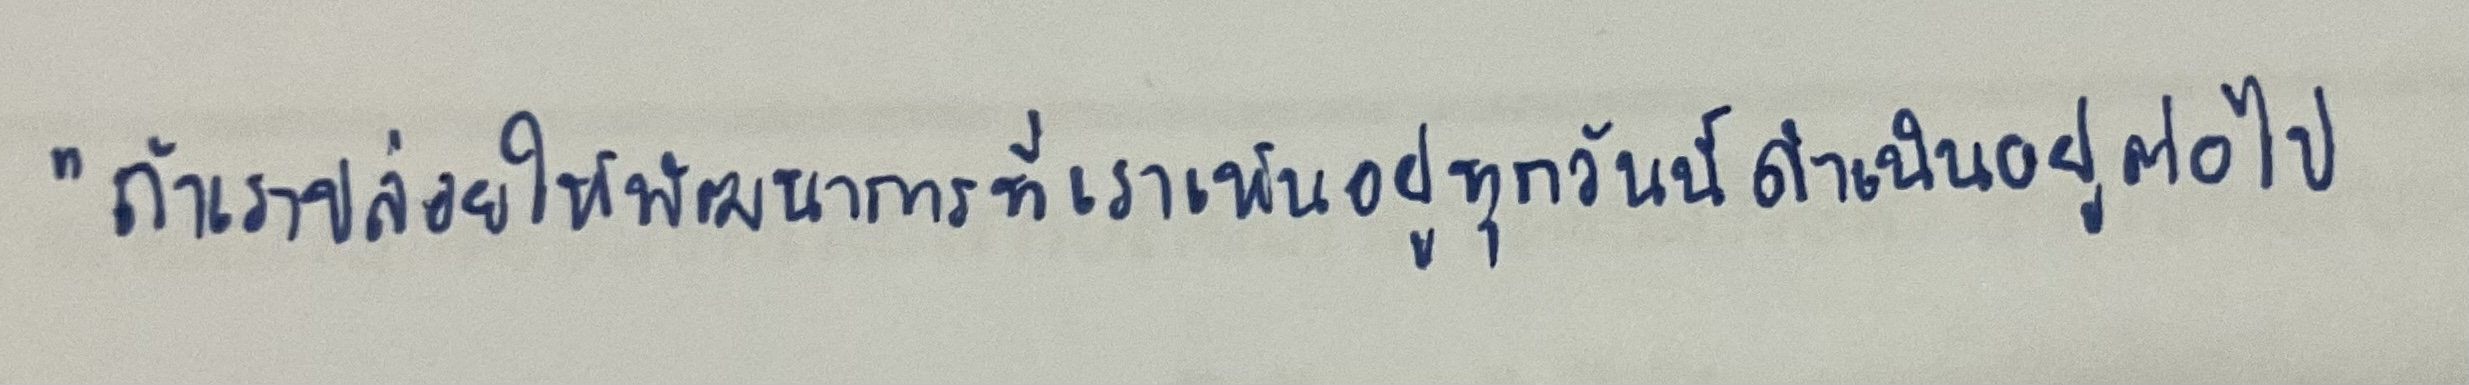
"ถ้าเราปล่อยให้พัฒนาการที่เราเห็นอยู่ทุกวันนี้ดำเนินอยู่ต่อไป